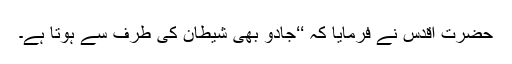
حضرت اقدس نے فرمایا کہ ‘‘جادو بھی شیطان کی طرف سے ہوتا ہے۔